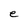
Character: e